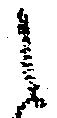
之